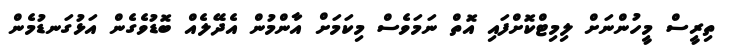
ތިރީސް މީހުންނަށް ލިމިޓްކޮށްފައި އޮތް ނަމަވެސް މިކަމަށް އާންމުން އެދޭލެއް ބޮޑުވެގެން އަޅުގަނޑުމެން